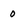
Character: 0